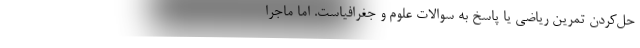
حل‌کردن تمرین ریاضی یا پاسخ به سوالات علوم و جغرافیاست. اما ماجرا